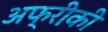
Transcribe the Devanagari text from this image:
अफ्री़की